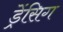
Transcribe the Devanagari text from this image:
ड्रेंसिग